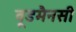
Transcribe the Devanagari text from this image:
वूडमैनसी